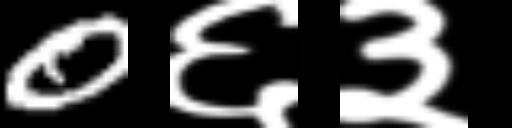
Text: 0६३